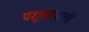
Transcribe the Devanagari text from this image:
पशुखाद्याची